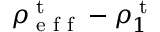
\rho _ { \textrm { e f f } } ^ { \textrm { t } } - \rho _ { 1 } ^ { \textrm { t } }